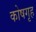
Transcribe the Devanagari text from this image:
कोषगृह